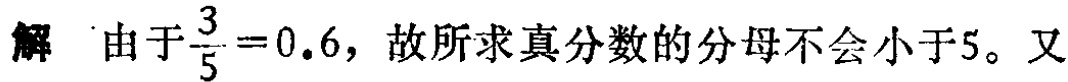
解 由于$\frac{3}{5}=0.6$，故所求真分数的分母不会小于5。又